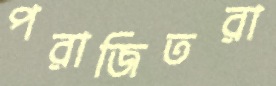
পরাজিতরা